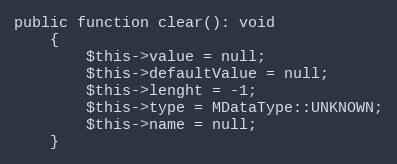
Language: PHP
public function clear(): void
    {
        $this->value = null;
        $this->defaultValue = null;
        $this->lenght = -1;
        $this->type = MDataType::UNKNOWN;
        $this->name = null;
    }